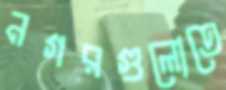
নগরগুলোতে